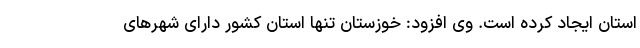
استان ایجاد کرده است. وی افزود: خوزستان تنها استان کشور دارای شهرهای